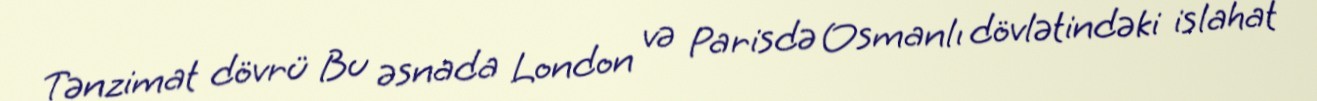
Tənzimat dövrü Bu əsnada London və Parisdə Osmanlı dövlətindəki islahat